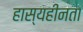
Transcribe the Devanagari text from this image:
हास्यहीनता